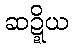
ဆဍ္ဍိယ